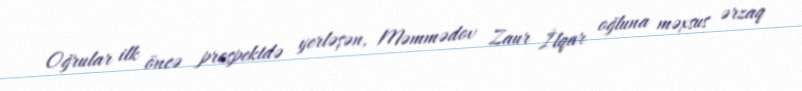
Oğrular ilk öncə prospektdə yerləşən, Məmmədov Zaur İlqar oğluna məxsus ərzaq